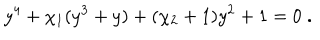
LaTeX: y ^ { 4 } + \chi _ { 1 } ( y ^ { 3 } + y ) + ( \chi _ { 2 } + 1 ) y ^ { 2 } + 1 = 0 \; .